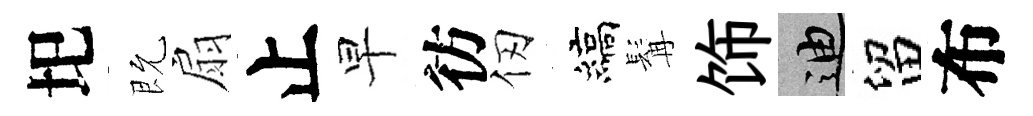
圯既扇止早彷仞縞髯饰迪留布